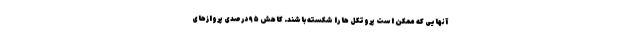
آنهایی که ممکن است پروتکل ها را شکسته باشند. کاهش ۹۵ درصدی پروازهای